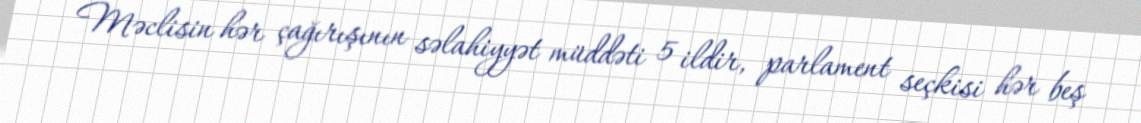
Məclisin hər çağırışının səlahiyyət müddəti 5 ildir, parlament seçkisi hər beş